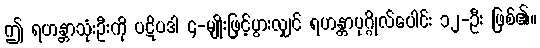
ဤ ရဟန္တာသုံးဦးကို ပဋိပဒါ ၄-မျိုးဖြင့်ပွားလျှင် ရဟန္တာပုဂ္ဂိုလ်ပေါင်း ၁၂-ဦး ဖြစ်၏။